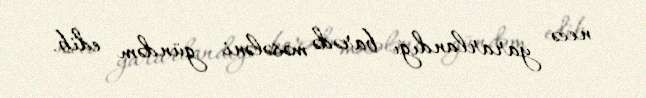
necə yararlandığı barədə məsələni gündəm edib.